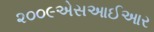
૨૦૦૯એસઆઈઆર